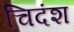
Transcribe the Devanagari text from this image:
चिदंश